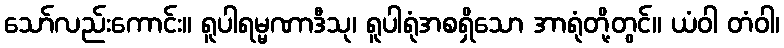
သော်လည်းကောင်း။ ရူပါရမ္မဏာဒီသု၊ ရူပါရုံအစရှိသော အာရုံတို့တွင်။ ယံဝါ တံဝါ၊